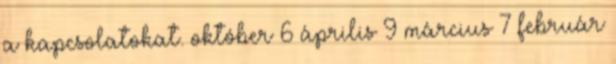
a kapcsolatokat. október 6 április 9 március 7 február